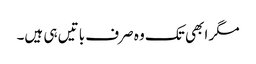
مگر ابھی تک وہ صرف باتیں ہی ہیں۔